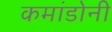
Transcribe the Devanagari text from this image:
कमांडोनी